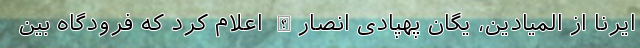
ایرنا از المیادین، یگان پهپادی انصارالله اعلام کرد که فرودگاه بین